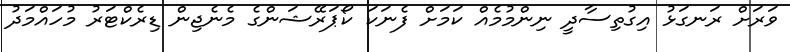
ވަރަށް ރަނގަޅު އިގުތިސާދީ ނިންމުމެއް ކަމަށް ފެނަކަ ކޯޕަރޭޝަންގެ މެނެޖިން ޑިރެކްޓަރު މުހައްމަދު